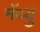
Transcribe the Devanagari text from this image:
मॅथ्यु